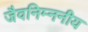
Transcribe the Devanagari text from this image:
जैवनिम्ननीय